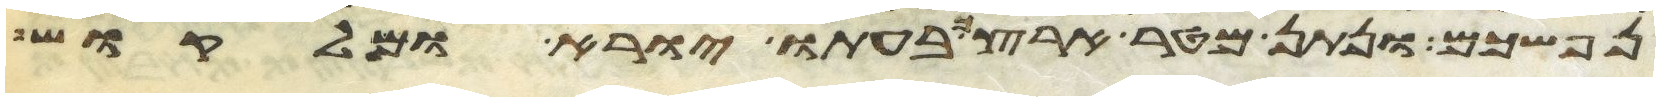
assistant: נפשכם ונתן מטר ארצך בעתו יורא ומלקוש